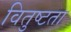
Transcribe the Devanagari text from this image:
वितुष्टता